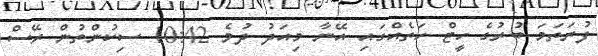
ފުރަތަމަ ބުރުގެ ހީޓް ހަތެއްގައި އޭނާ މިއަދު ދުވެ 10:42 ސިކުންތުން ރޭސް